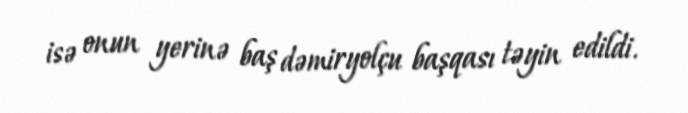
isə onun yerinə baş dəmiryolçu başqası təyin edildi.